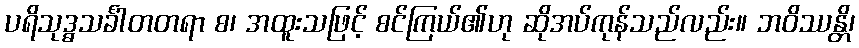
ပရိသုဒ္ဓသင်္ခါတတရာ စ၊ အထူးသဖြင့် စင်ကြယ်၏ဟု ဆိုအပ်ကုန်သည်လည်း။ ဘဝိဿန္တိ၊